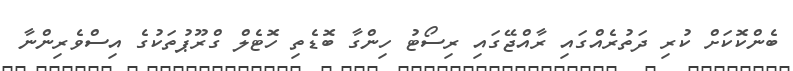
ބެންކޮކަށް ކުރި ދަތުރެއްގައި ރާއްޖޭގައި ރިސޯޓު ހިންގާ ބޮޑެތި ހޮޓެލް ގްރޫޕުތަކުގެ އިސްވެރިންނާ